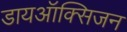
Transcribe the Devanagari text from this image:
डायऑक्सिजन